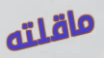
ماقلته